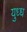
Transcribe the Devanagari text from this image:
युध्ध